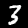
Label: 3